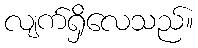
လျက်ရှိလေသည်။